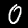
Label: 0